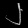
Digit: ၂